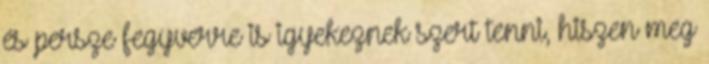
és persze fegyverre is igyekeznek szert tenni, hiszen meg